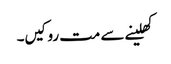
کھلینے سے مت روکیں۔